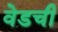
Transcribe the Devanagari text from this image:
वेडची